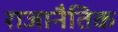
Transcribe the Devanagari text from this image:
राजानैतिक